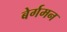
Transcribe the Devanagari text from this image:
बेर्गमन